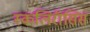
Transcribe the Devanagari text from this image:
स्कलिरॉसिस